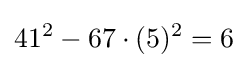
41^{2}-67\cdot (5)^{2}=6